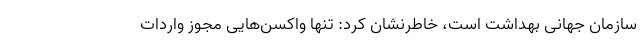
سازمان جهانی بهداشت است، خاطرنشان کرد: تنها واکسن‌هایی مجوز واردات